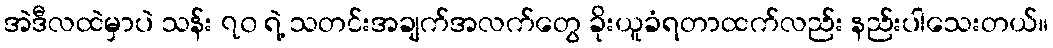
အဲဒီလထဲမှာပဲ သန်း ၇၀ ရဲ့ သတင်းအချက်အလက်တွေ ခိုးယူခံရတာထက်လည်း နည်းပါသေးတယ်။